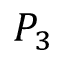
P _ { 3 }